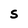
Character: S